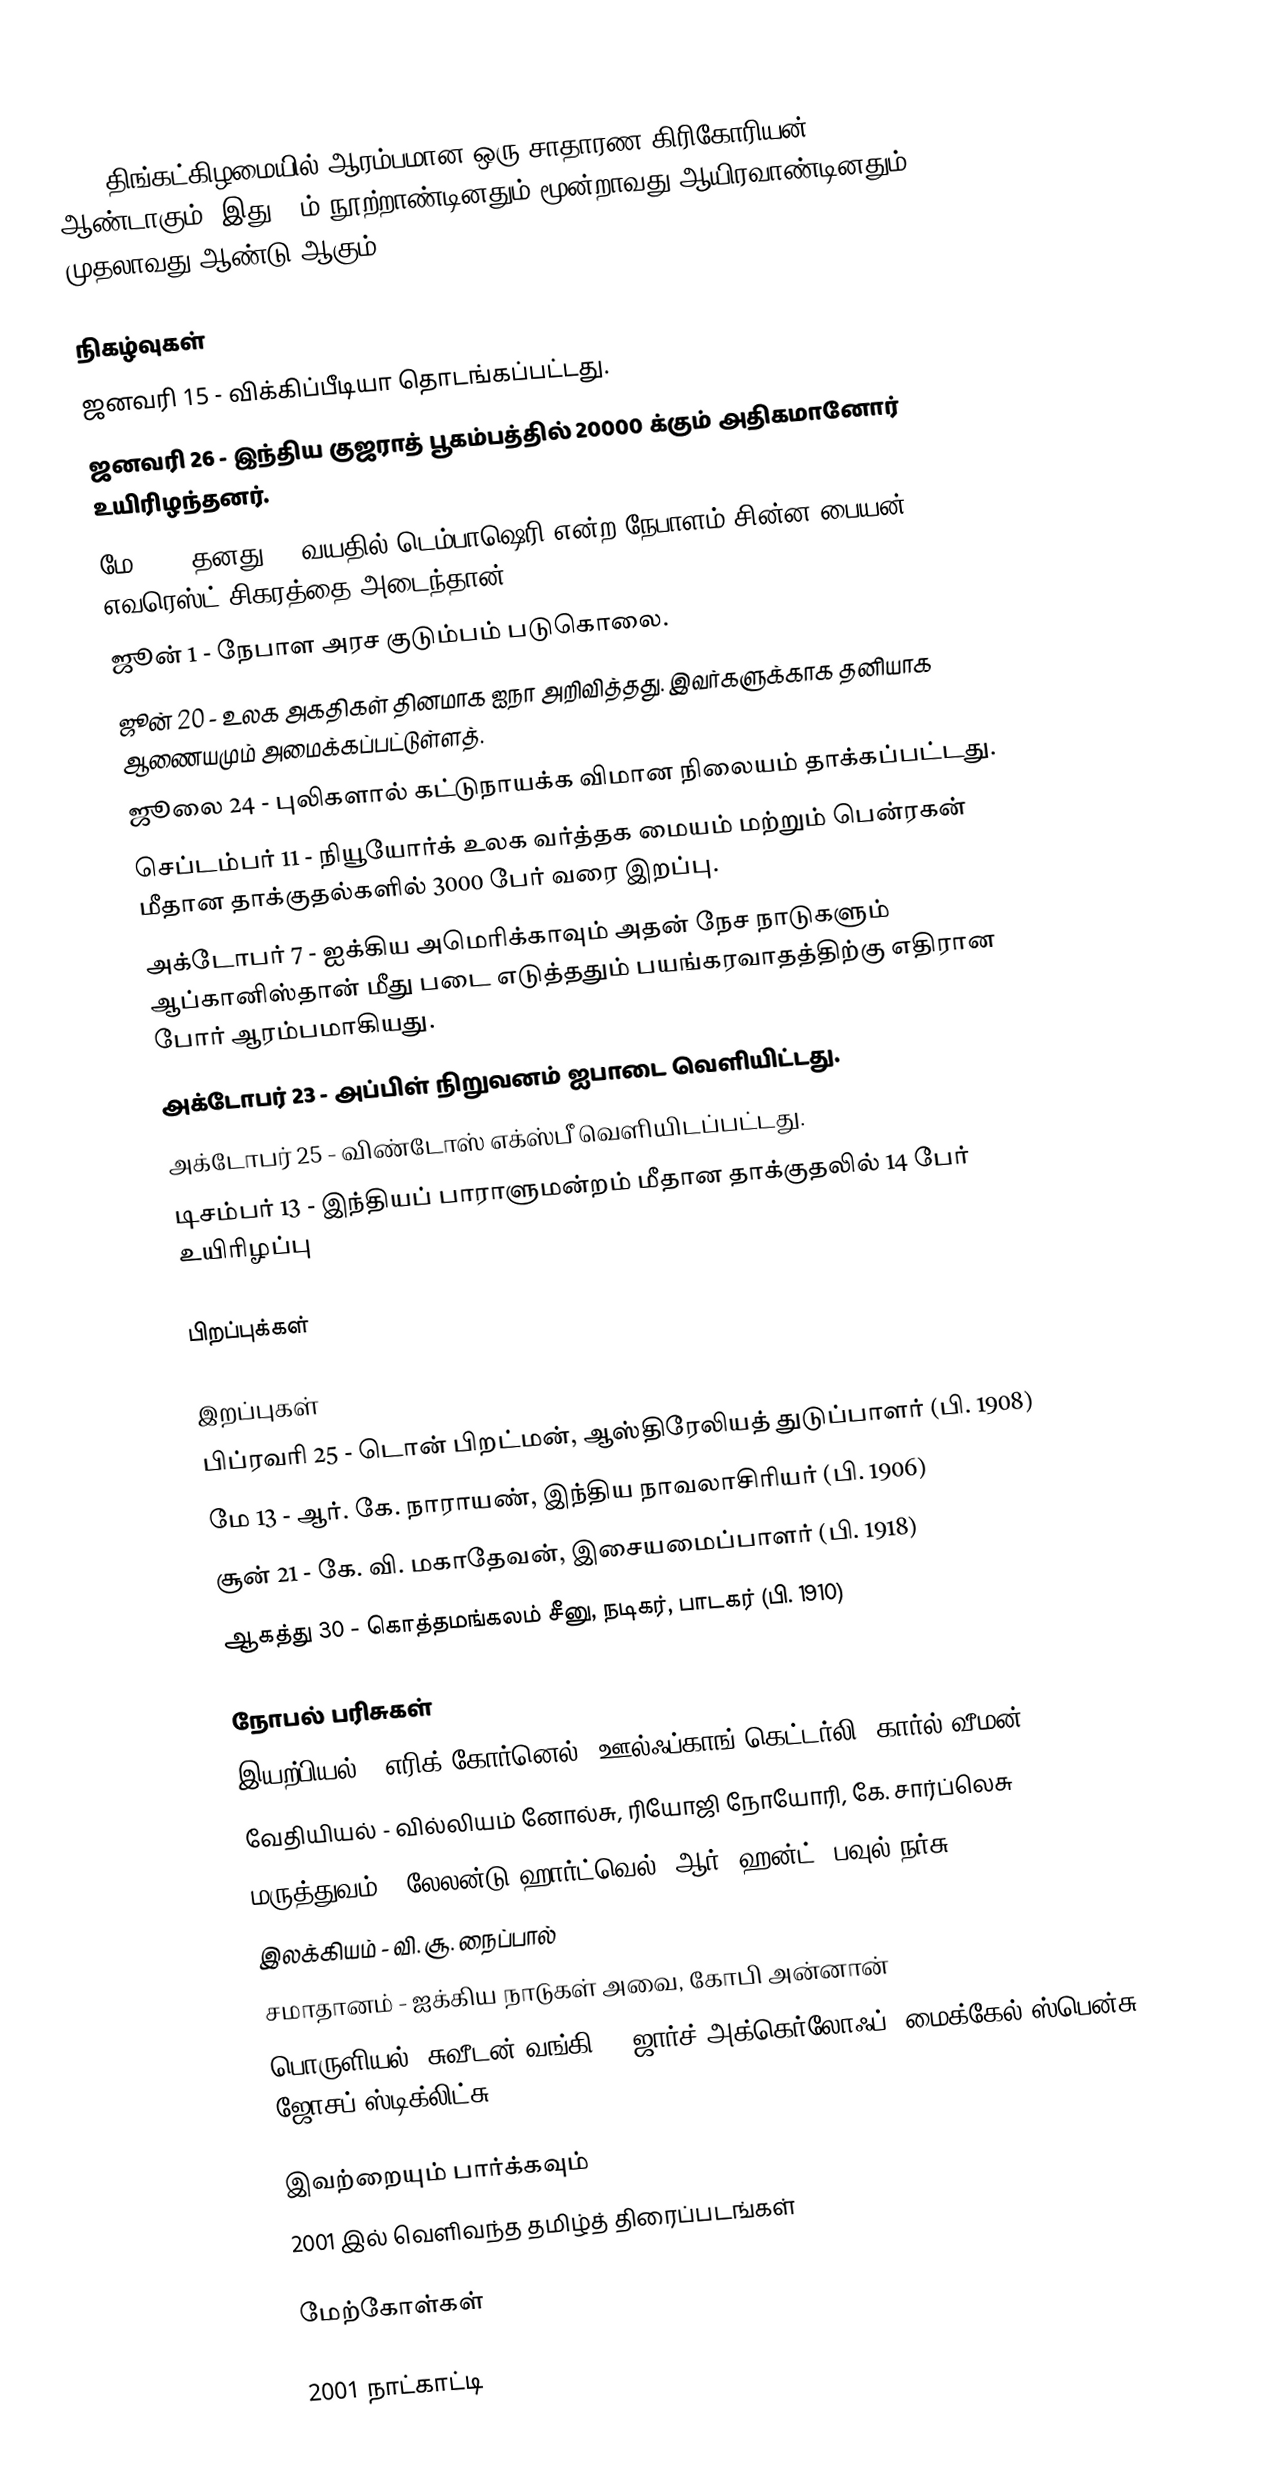
2001  திங்கட்கிழமையில் ஆரம்பமான ஒரு சாதாரண கிரிகோரியன் ஆண்டாகும். இது 21ம் நூற்றாண்டினதும் மூன்றாவது ஆயிரவாண்டினதும் முதலாவது ஆண்டு ஆகும்.

நிகழ்வுகள்
 ஜனவரி 15 - விக்கிப்பீடியா தொடங்கப்பட்டது.
 ஜனவரி 26  - இந்திய குஜராத் பூகம்பத்தில் 20000 க்கும் அதிகமானோர் உயிரிழந்தனர்.
 மே 24 - தனது 16 வயதில் டெம்பாஷெரி என்ற நேபாளம் சின்ன பையன் எவரெஸ்ட் சிகரத்தை அடைந்தான்.
 ஜூன் 1 - நேபாள அரச குடும்பம் படுகொலை.
 ஜூன் 20 - உலக அகதிகள் தினமாக ஐநா அறிவித்தது. இவர்களுக்காக தனியாக ஆணையமும் அமைக்கப்பட்டுள்ளத்.
 ஜூலை 24 - புலிகளால் கட்டுநாயக்க விமான நிலையம் தாக்கப்பட்டது.
 செப்டம்பர் 11 - நியூயோர்க் உலக வர்த்தக மையம் மற்றும் பென்ரகன் மீதான தாக்குதல்களில் 3000 பேர் வரை இறப்பு.
 அக்டோபர் 7 - ஐக்கிய அமெரிக்காவும் அதன் நேச நாடுகளும் ஆப்கானிஸ்தான் மீது படை எடுத்ததும் பயங்கரவாதத்திற்கு எதிரான போர் ஆரம்பமாகியது.
 அக்டோபர் 23 - அப்பிள் நிறுவனம் ஐபாடை வெளியிட்டது.
 அக்டோபர் 25 - விண்டோஸ் எக்ஸ்பீ வெளியிடப்பட்டது.
 டிசம்பர் 13 - இந்தியப் பாராளுமன்றம் மீதான தாக்குதலில் 14 பேர் உயிரிழப்பு

பிறப்புக்கள்

இறப்புகள்
 பிப்ரவரி 25 - டொன் பிறட்மன், ஆஸ்திரேலியத் துடுப்பாளர் (பி. 1908)
 மே 13 - ஆர். கே. நாராயண், இந்திய நாவலாசிரியர் (பி. 1906)
 சூன் 21 - கே. வி. மகாதேவன், இசையமைப்பாளர் (பி. 1918)
 ஆகத்து 30 - கொத்தமங்கலம் சீனு, நடிகர், பாடகர் (பி. 1910)

நோபல் பரிசுகள்
 இயற்பியல் - எரிக் கோர்னெல், ஊல்ஃப்காங் கெட்டர்லி, கார்ல் வீமன்
 வேதியியல் - வில்லியம் னோல்சு, ரியோஜி நோயோரி, கே. சார்ப்லெசு
 மருத்துவம் - லேலன்டு ஹார்ட்வெல், ஆர். ஹன்ட், பவுல் நர்சு
 இலக்கியம் - வி. சூ. நைப்பால்
 சமாதானம் - ஐக்கிய நாடுகள் அவை, கோபி அன்னான்
 பொருளியல் (சுவீடன் வங்கி) - ஜார்ச் அக்கெர்லோஃப், மைக்கேல் ஸ்பென்சு, ஜோசப் ஸ்டிக்லிட்சு

இவற்றையும் பார்க்கவும்
 2001 இல் வெளிவந்த தமிழ்த் திரைப்படங்கள்

மேற்கோள்கள்

2001 நாட்காட்டி